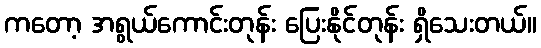
ကတော့ အရွယ်ကောင်းတုန်း ပြေးနိုင်တုန်း ရှိသေးတယ်။